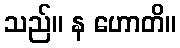
သည်။ န ဟောတိ။